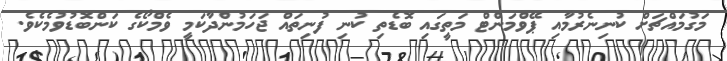
މަގުމައްޗަށް ކުނިނެރުމާއި ޕޭވްމަންޓް މަތީގައި ބޮޑެތި ކުނި ފުނިތައް ޖަހަމުންދާކަމީ ވެމްކޯގެ ކަންބޮޑުވުމެކެވެ.